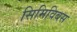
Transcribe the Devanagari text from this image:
सिमिविबस